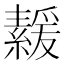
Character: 𦅻